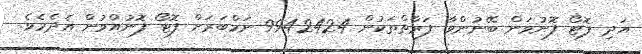
އަދި ފޮޓޯ ފޮނުވަން ބޭނުންވާ ފަރާތްތަކުން 9942424 ނަމްބަރަށް ފޮޓޯ ފޮނުއްވުން އެދެމެވެ.